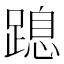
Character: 𨃡